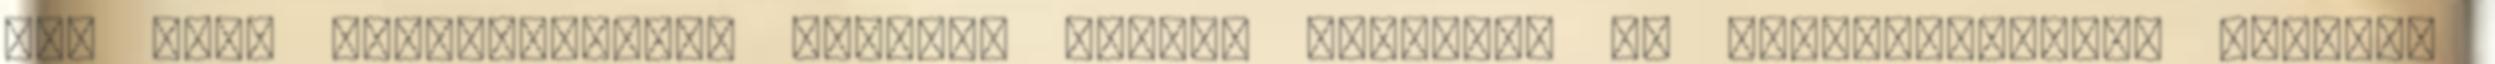
egy szál bőrdzsekiben, szemére húzott sapkával és napszemüveggel próbált